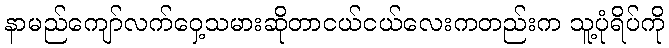
နာမည်ကျော်လက်ဝှေ့သမားဆိုတာငယ်ငယ်လေးကတည်းက သူ့ပုံရိပ်ကို